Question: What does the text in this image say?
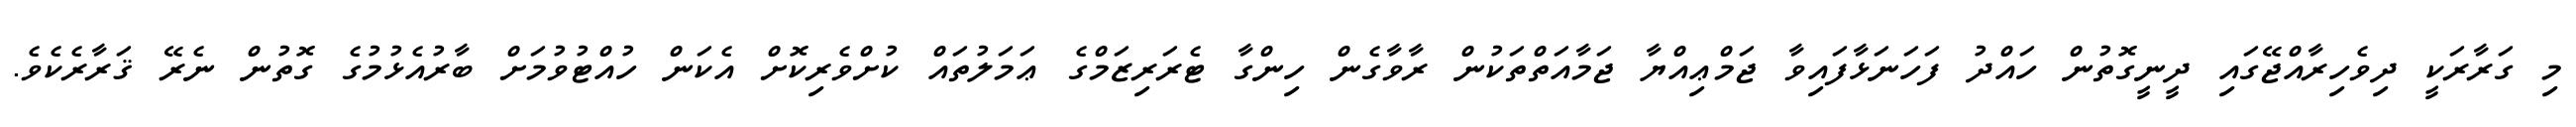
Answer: މި ގަރާރަކީ ދިވެހިރާއްޖޭގައި ދީނީގޮތުން ހައްދު ފަހަނަޅާފައިވާ ޖަމްޢިއްޔާ ޖަމާއަތްތަކުން ރާވާގެން ހިންގާ ޓެރަރިޒަމްގެ ޢަމަލުތައް ކުށްވެރިކޮށް އެކަން ހުއްޓުވުމަށް ބާރުއެޅުމުގެ ގޮތުން ނެރޭ ޤަރާރެކެވެ.